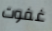
غفوت